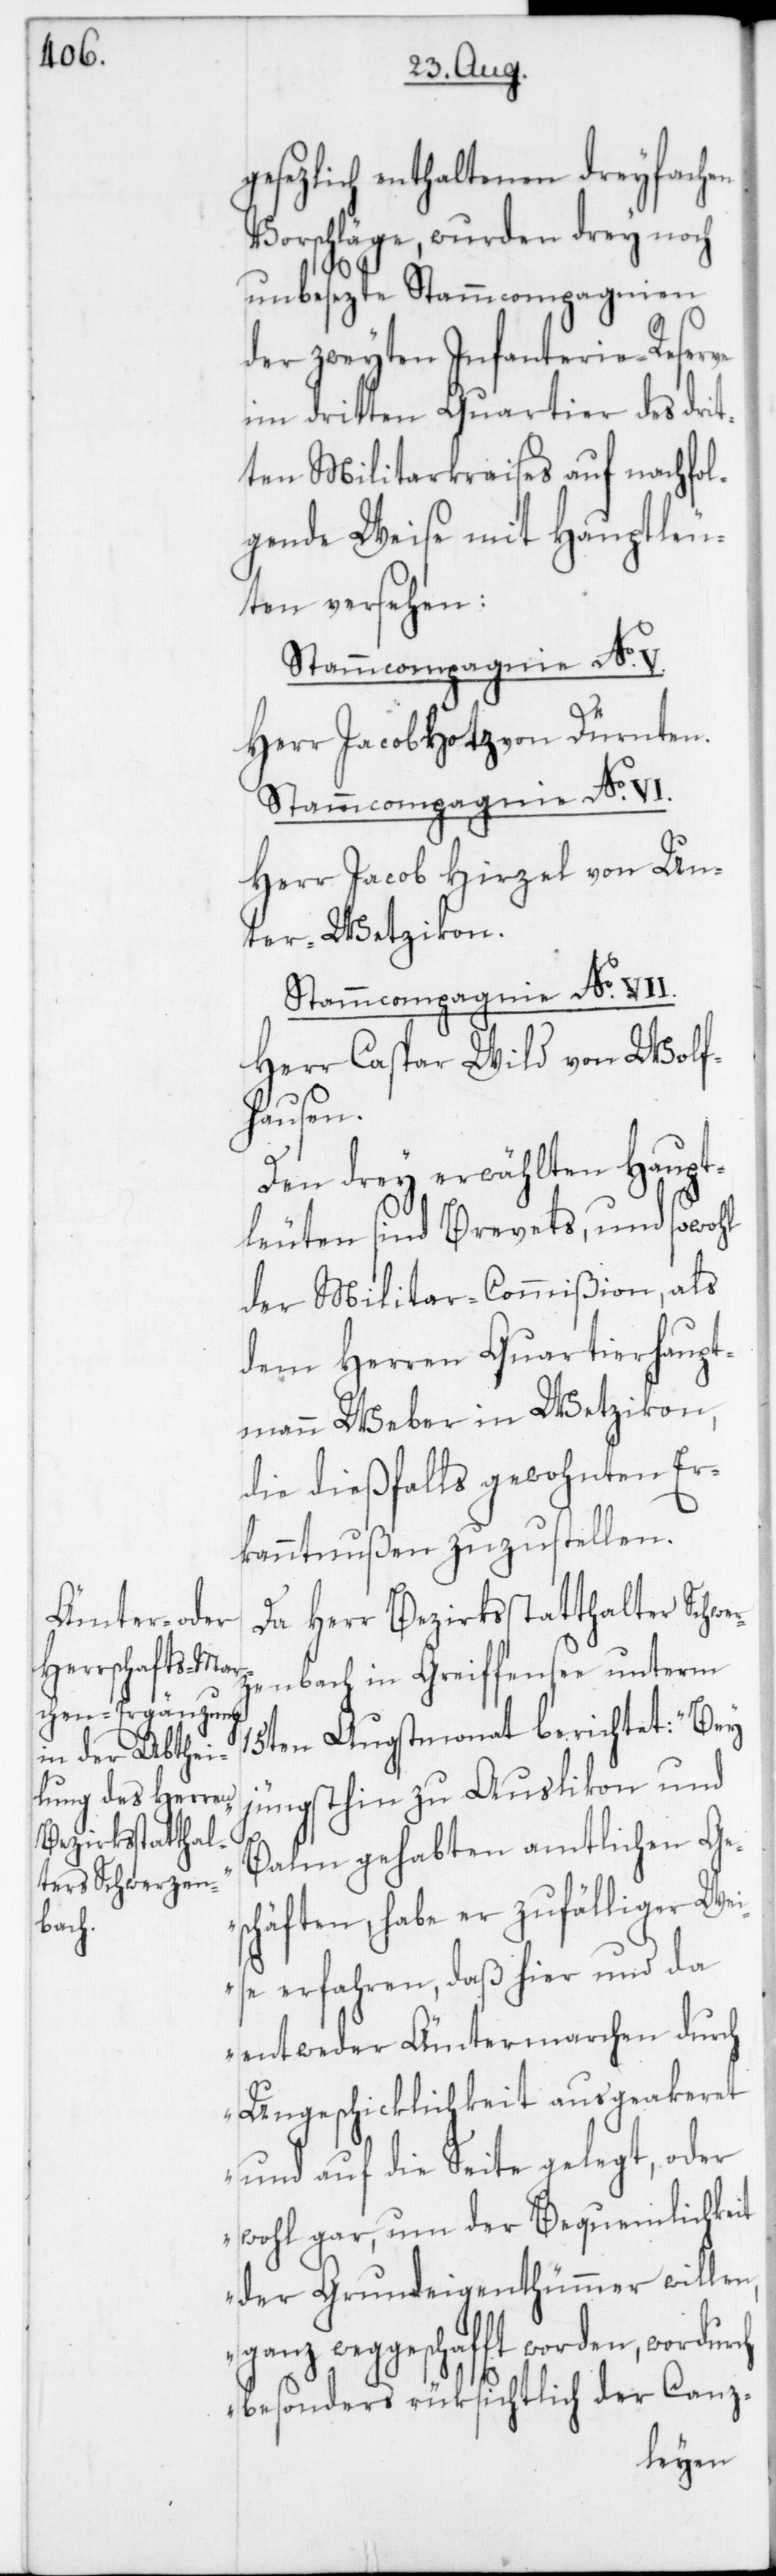
gesezlich enthaltenen dreyfachen
Vorschläge, wurden drey noch
unbesezte Stammcompagnien
der zweyten Infanterie-Reserve
im dritten Quartier des drit¬
ten Militarkraises auf nachfol¬
gende Weise mit Hauptleu¬
ten versehen:
Herr Jacob Hotz von Dürnten.
Herr Jacob Hirzel von Un¬
ter-Wetzikon.
Stammcompagnie No VII.
Herr Caspar Wild von Wolf¬
hausen.
Den drey erwählten Haupt¬
leuten sind Brevets und sowohl
der Militar-Commißion als
dem Herren Quartierhaupt¬
mann Weber in Wetzikon,
die dießfalls gewohnten Er¬
kanntnußen zuzustellen.
Da Herr Bezirksstatthalter Schwer¬
zenbach in Greiffensee unterm
15ten Augstmonat berichtet: „Bey
jüngsthin zu Auslikon und
Balm gehabten amtlichen Ge¬
schäften habe er zufälliger Wei¬
se erfahren, daß hier und da
entweder Ämtermarchen durch
Ungeschicklichkeit ausgeakeret
und auf die Seite gelegt, oder
wohl gar, um der Bequemlichkeit
der Grundeigenthümmer willen,
ganz weggeschafft worden, wordurch
besonders rüksichtlich der Canz-